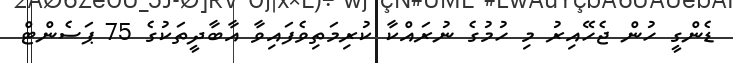
ޑެންގީ ހުން ޖެހޭއިރު މި ހުމުގެ ނުރައްކާ ކުރިމަތިވެފައިވާ އާބާދީތަކުގެ 75 ޕަސެންޓް